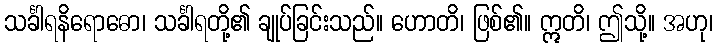
သင်္ခါရနိရောဓော၊ သင်္ခါရတို့၏ ချုပ်ခြင်းသည်။ ဟောတိ၊ ဖြစ်၏။ ဣတိ၊ ဤသို့။ အဟု၊